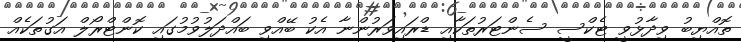
ތޮއްޔިބު ވިދާޅުވީ ޓެކްސީ ސެންޓަރުތަކާއި ޑްރައިވަރުންނާ އެކު ބޭއްވި ބައްދަލުވުމުގައި ކޮންޓްރޯލް އަގުތަކެއް